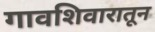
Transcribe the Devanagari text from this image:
गावशिवारातून